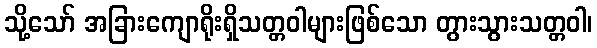
သို့သော် အခြားကျောရိုးရှိသတ္တဝါများဖြစ်သော တွားသွားသတ္တဝါ၊